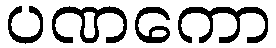
ပဏကော